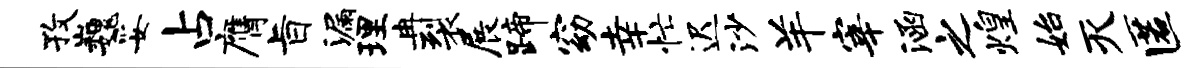
孜巍妥占膺旨漏理冉裂展蹄窈幸忙迟沙羊宰涵之煌始灭匿